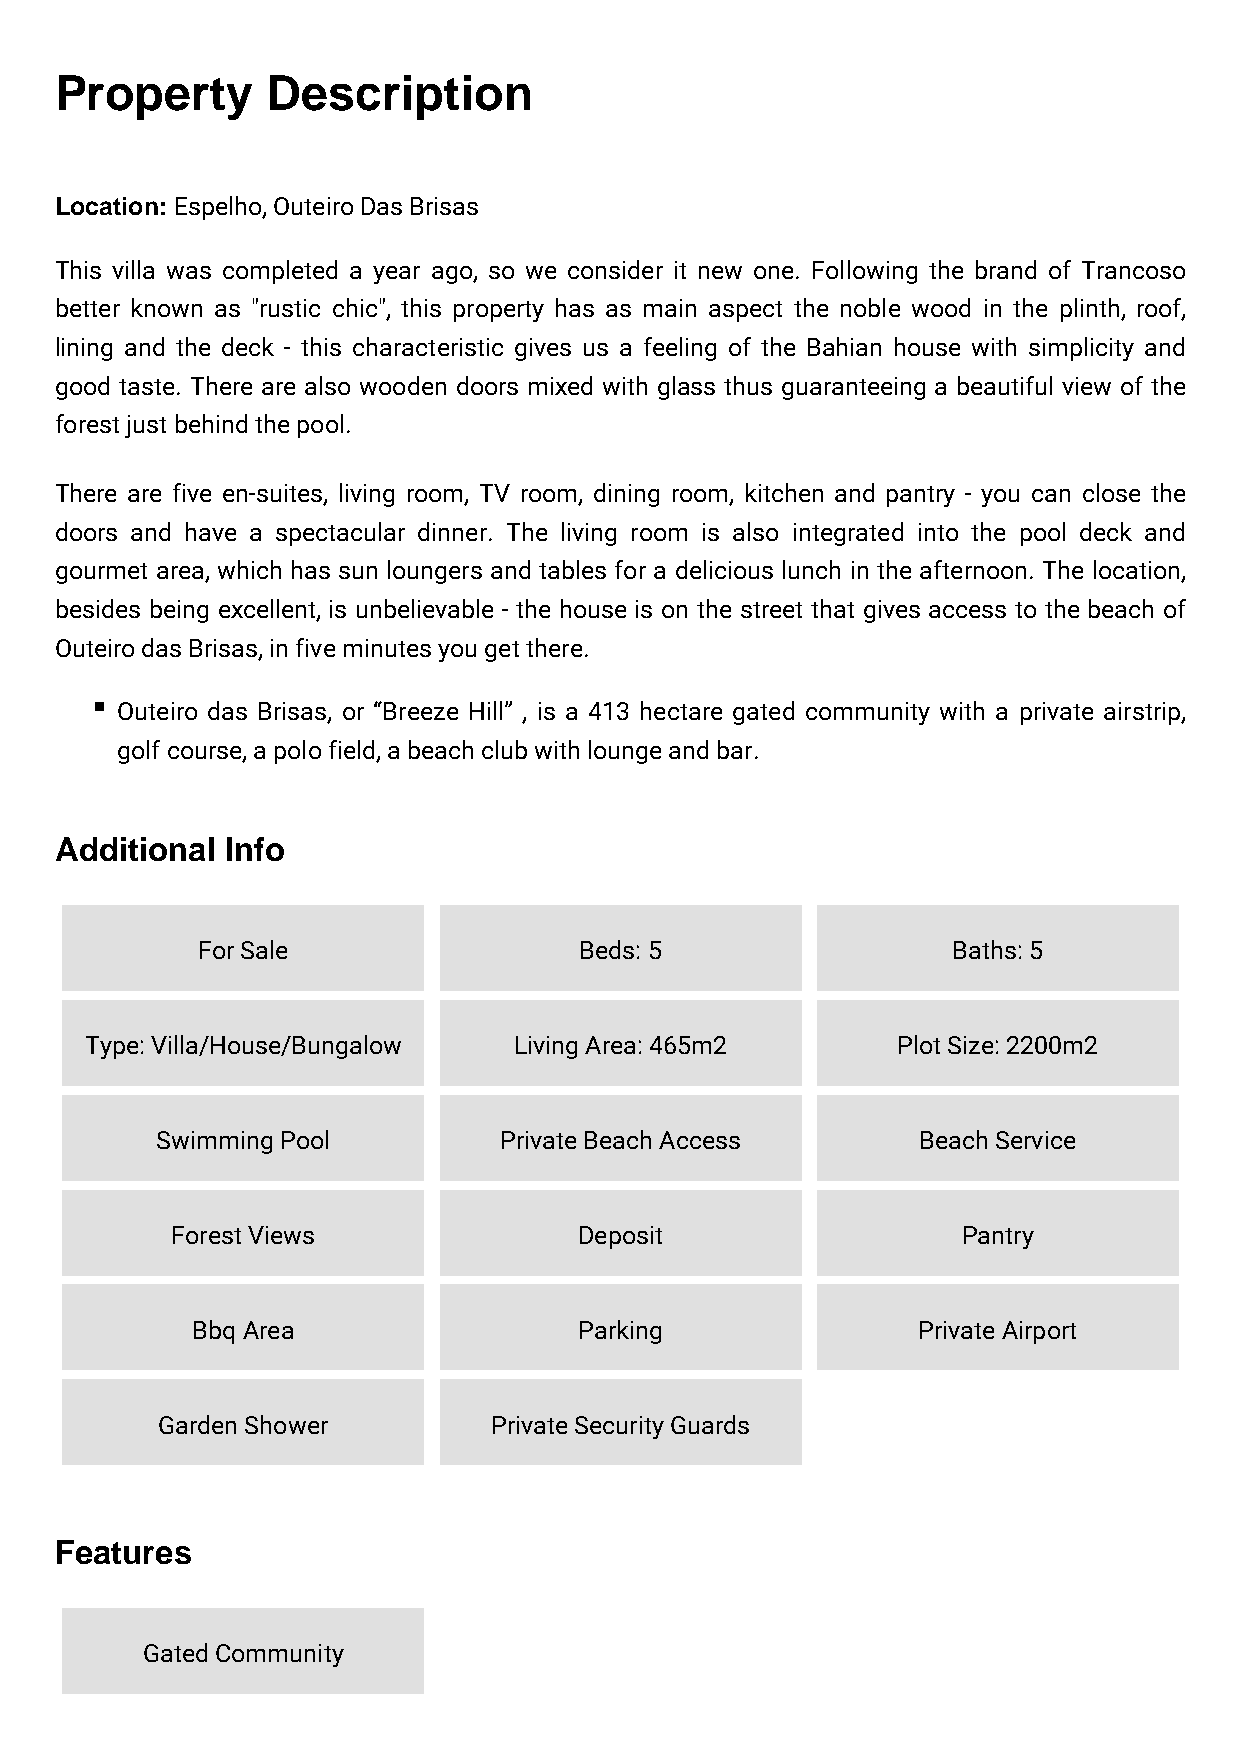
Property      Description
 Location: Espelho, Outeiro Das Brisas
 This villa was completed a year ago, so we consider it new one. Following the brand of Trancoso
 better known as "rustic chic", this property has as main aspect the noble wood in the plinth, roof,
 lining and the deck - this characteristic gives us a feeling of the Bahian house with simplicity and
 good taste. There are also wooden doors mixed with glass thus guaranteeing a beautiful view of the
 forest just behind the pool.
 There are five en-suites, living room, TV room, dining room, kitchen and pantry - you can close the
 doors and have a spectacular dinner. The living room is also integrated into the pool deck and
 gourmet area, which has sun loungers and tables for a delicious lunch in the afternoon. The location,
 besides being excellent, is unbelievable - the house is on the street that gives access to the beach of
 Outeiro das Brisas, in five minutes you get there.
 Outeiro das Brisas, or “Breeze Hill” , is a 413 hectare gated community with a private airstrip,
 golf course, a polo field, a beach club with lounge and bar.
 Additional Info
 For Sale                 Beds: 5                  Baths: 5
 Type: Villa/House/Bungalow  Living Area: 465m2       Plot Size: 2200m2
 Swimming Pool          Private Beach Access        Beach Service
 Forest Views               Deposit                   Pantry
 Bbq Area                 Parking                Private Airport
 Garden Shower         Private Security Guards
 Features
 Gated Community